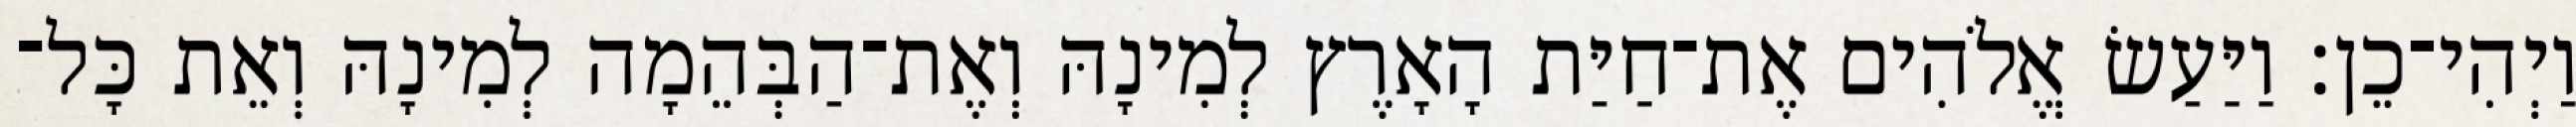
וַיְהִי־כֵן׃ וַיַּעַשׂ אֱלֹהִים אֶת־חַיַּת הָאָרֶץ לְמִינָהּ וְאֶת־הַבְּהֵמָה לְמִינָהּ וְאֵת כָּל־